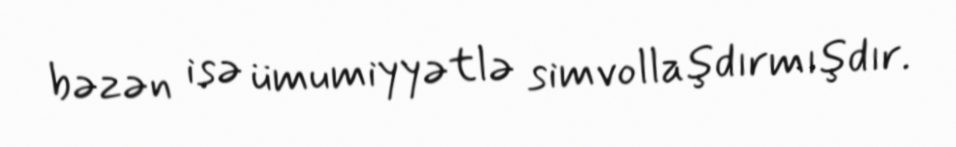
bəzən isə ümumiyyətlə simvollaşdırmışdır.